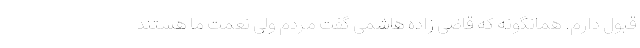
قبول دارم. همانگونه که قاضی زاده هاشمی گفت مردم ولی نعمت ما هستند